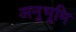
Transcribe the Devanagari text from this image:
अनुभूमि